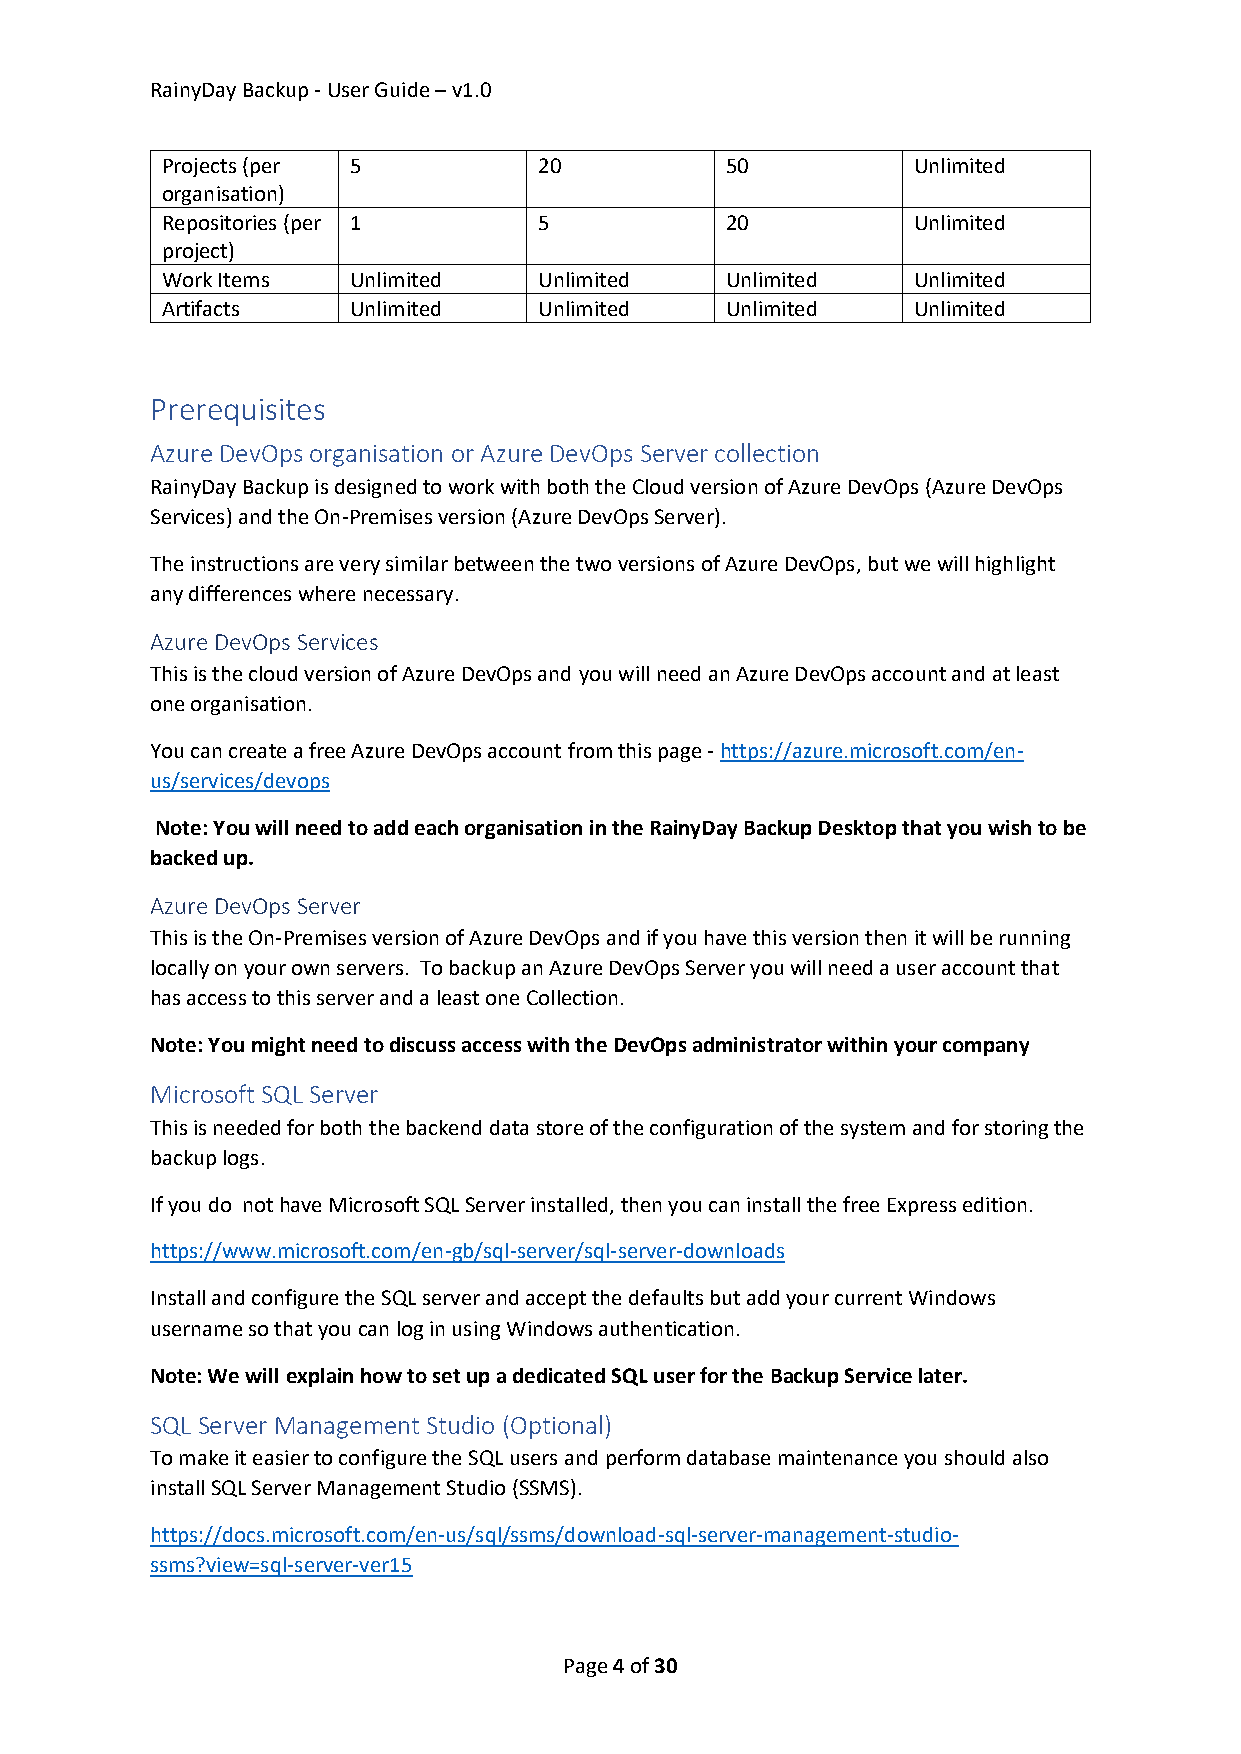
RainyDay Backup - User Guide – v1.0
 Projects (per 5          20          50          Unlimited
 organisation)
 Repositories (per 1      5           20          Unlimited
 project)
 Work Items  Unlimited    Unlimited   Unlimited   Unlimited
 Artifacts   Unlimited    Unlimited   Unlimited   Unlimited
 Prerequisites
 Azure DevOps organisation or Azure DevOps Server collection
 RainyDay Backup is designed to work with both the Cloud version of Azure DevOps (Azure DevOps
 Services) and the On-Premises version (Azure DevOps Server).
 The instructions are very similar between the two versions of Azure DevOps, but we will highlight
 any differences where necessary.
 Azure DevOps Services
 This is the cloud version of Azure DevOps and you will need an Azure DevOps account and at least
 one organisation.
 You can create a free Azure DevOps account from this page - https://azure.microsoft.com/en-
 us/services/devops
 Note: You will need to add each organisation in the RainyDay Backup Desktop that you wish to be
 backed up.
 Azure DevOps Server
 This is the On-Premises version of Azure DevOps and if you have this version then it will be running
 locally on your own servers. To backup an Azure DevOps Server you will need a user account that
 has access to this server and a least one Collection.
 Note: You might need to discuss access with the DevOps administrator within your company
 Microsoft SQL Server
 This is needed for both the backend data store of the configuration of the system and for storing the
 backup logs.
 If you do not have Microsoft SQL Server installed, then you can install the free Express edition.
 https://www.microsoft.com/en-gb/sql-server/sql-server-downloads
 Install and configure the SQL server and accept the defaults but add your current Windows
 username so that you can log in using Windows authentication.
 Note: We will explain how to set up a dedicated SQL user for the Backup Service later.
 SQL Server Management Studio (Optional)
 To make it easier to configure the SQL users and perform database maintenance you should also
 install SQL Server Management Studio (SSMS).
 https://docs.microsoft.com/en-us/sql/ssms/download-sql-server-management-studio-
 ssms?view=sql-server-ver15
 Page 4 of 30